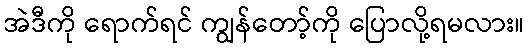
အဲဒီကို ရောက်ရင် ကျွန်တော့်ကို ပြောလို့ရမလား။